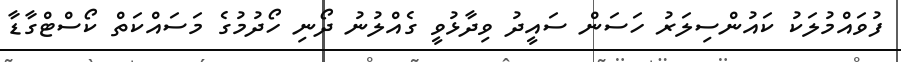
ފުވައްމުލަކު ކައުންސިލަރު ހަސަން ސައީދު ވިދާޅުވީ ގެއްލުނު ދޯނި ހޯދުމުގެ މަސައްކަތް ކޯސްޓްގާޑާ